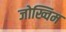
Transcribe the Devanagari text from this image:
जोख्विम